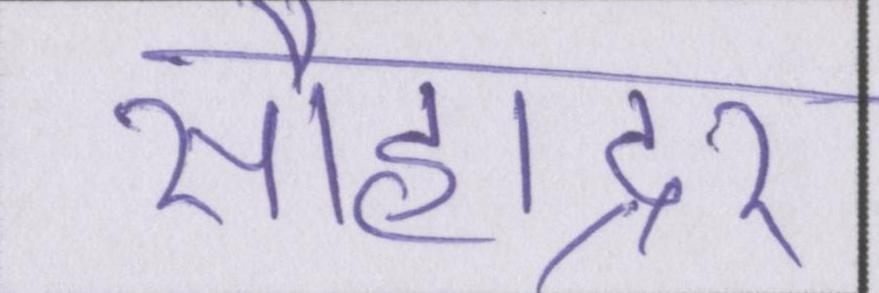
सौहाद्र्र